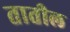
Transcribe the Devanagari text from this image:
तातील